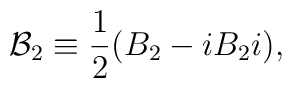
{\cal B}_2 \equiv \frac{1}{2} (B_2 - i B_2 i),